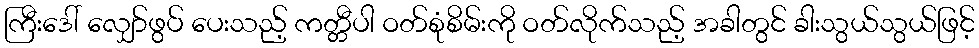
ကြီးဒေါ် လျှော်ဖွပ် ပေးသည့် ကတ္တီပါ ဝတ်စုံစိမ်းကို ဝတ်လိုက်သည့် အခါတွင် ခါးသွယ်သွယ်ဖြင့်